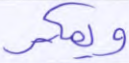
ويمكر